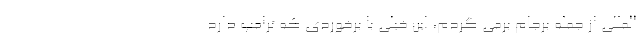
المللی از جمله برجام برمی گردم، این خیلی با برخوردی که ترامپ دارد